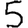
Digit: 5